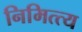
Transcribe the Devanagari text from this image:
निमित्त्य